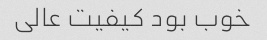
خوب بود کیفیت عالی